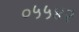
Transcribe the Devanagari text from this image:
०५५४२